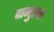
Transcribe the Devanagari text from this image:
दामुल्स